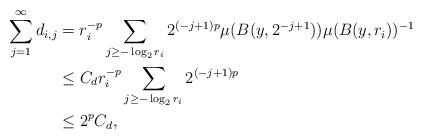
LaTeX: \begin{align*}\sum_{j=1}^{\infty}d_{i,j}&= r_i^{-p} \sum_{j\ge -\log_2 r_i} 2^{(-j+1)p}\mu(B(y,2^{-j+1})) \mu(B(y,r_i))^{-1}\\&\le C_d r_i^{-p} \sum_{j\ge -\log_2 r_i} 2^{(-j+1)p}\\&\le 2^p C_d,\end{align*}